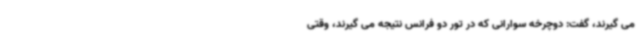
می گیرند، گفت: دوچرخه سوارانی که در تور دو فرانس نتیجه می گیرند، وقتی